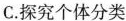
C.探究个体分类